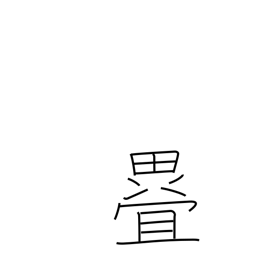
Meaning: fold